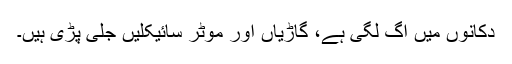
دکانوں میں آگ لگی ہے، گاڑیاں اور موٹر سائیکلیں جلی پڑی ہیں۔